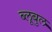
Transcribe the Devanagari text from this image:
ब्लूबुल